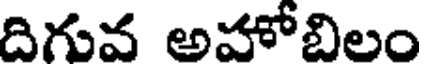
దిగువ అహోబిలం